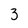
Character: 3